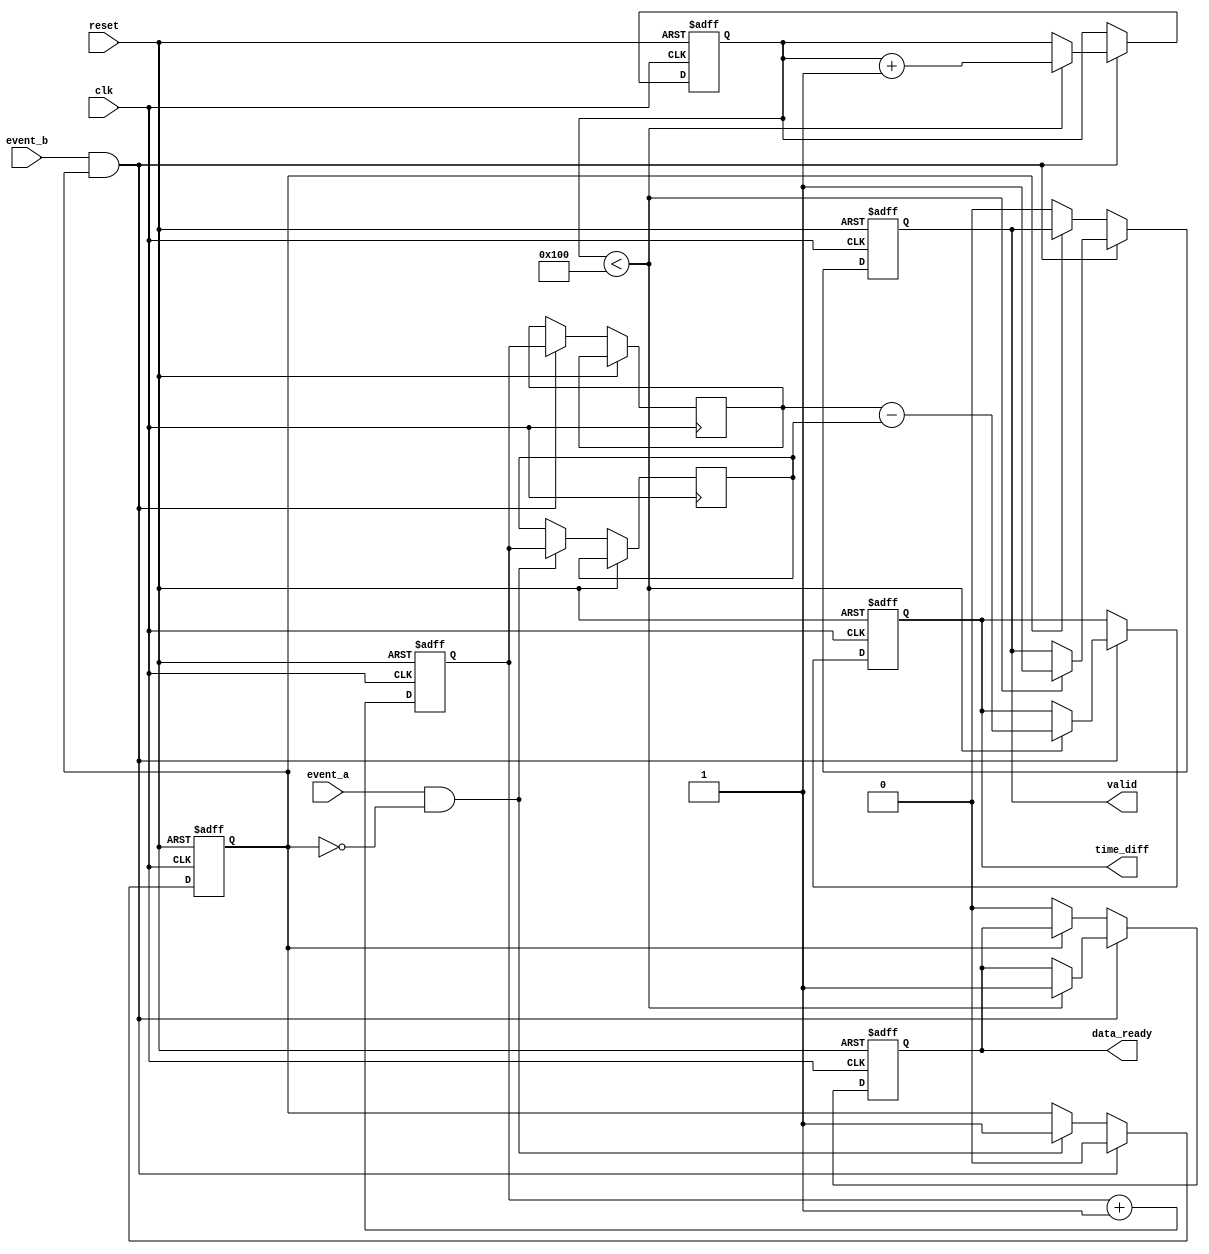
module MemoryBlocksSynchronizedTDC (
    input wire clk,                // Global clock signal
    input wire reset,              // Reset signal
    input wire event_a,            // Start signal
    input wire event_b,            // Stop signal
    output reg [31:0] time_diff,   // Time difference output
    output reg valid,              // Valid data indication
    output reg data_ready          // Data ready signal
);

    // Parameters
    parameter MEMORY_SIZE = 256;   // Size of the memory array

    // Internal signals
    reg [31:0] memory_start [0:MEMORY_SIZE-1]; // Memory for start timestamps
    reg [31:0] memory_stop [0:MEMORY_SIZE-1];  // Memory for stop timestamps
    reg [7:0] index;                            // Index for memory storage
    reg [31:0] start_timestamp;                  // Start timestamp
    reg [31:0] stop_timestamp;                   // Stop timestamp
    reg capturing;                               // State to indicate capturing

    // Clock counter
    reg [31:0] clock_counter;

    // State machine for capturing timestamps
    always @(posedge clk or posedge reset) begin
        if (reset) begin
            clock_counter <= 0;
            index <= 0;
            valid <= 0;
            data_ready <= 0;
            capturing <= 0;
            time_diff <= 0;
        end else begin
            clock_counter <= clock_counter + 1;

            // Detect Event A
            if (event_a && !capturing) begin
                start_timestamp <= clock_counter;
                capturing <= 1; // Start capturing
            end

            // Detect Event B
            if (event_b && capturing) begin
                stop_timestamp <= clock_counter;
                capturing <= 0; // Stop capturing

                // Store timestamps in memory
                if (index < MEMORY_SIZE) begin
                    memory_start[index] <= start_timestamp;
                    memory_stop[index] <= stop_timestamp;
                    index <= index + 1;

                    // Calculate time difference
                    time_diff <= stop_timestamp - start_timestamp;
                    valid <= 1; // Indicate valid data
                    data_ready <= 1; // Data is ready to be read
                end else begin
                    // Handle overflow condition (optional)
                    // You may want to implement a circular buffer or similar logic here
                end
            end else begin
                // Reset valid and data_ready signals if no new data
                if (!capturing) begin
                    valid <= 0;
                    data_ready <= 0;
                end
            end
        end
    end

endmodule